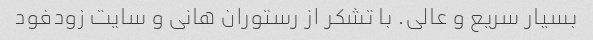
بسیار سریع و عالی. با تشکر از رستوران هانی و سایت زودفود